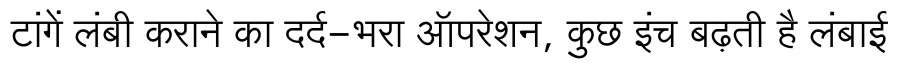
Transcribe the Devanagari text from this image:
टांगें लंबी कराने का दर्द-भरा ऑपरेशन, कुछ इंच बढ़ती है लंबाई